Report on vaccination in Madras 1904-1921 - 1904-1921
Year: 1904
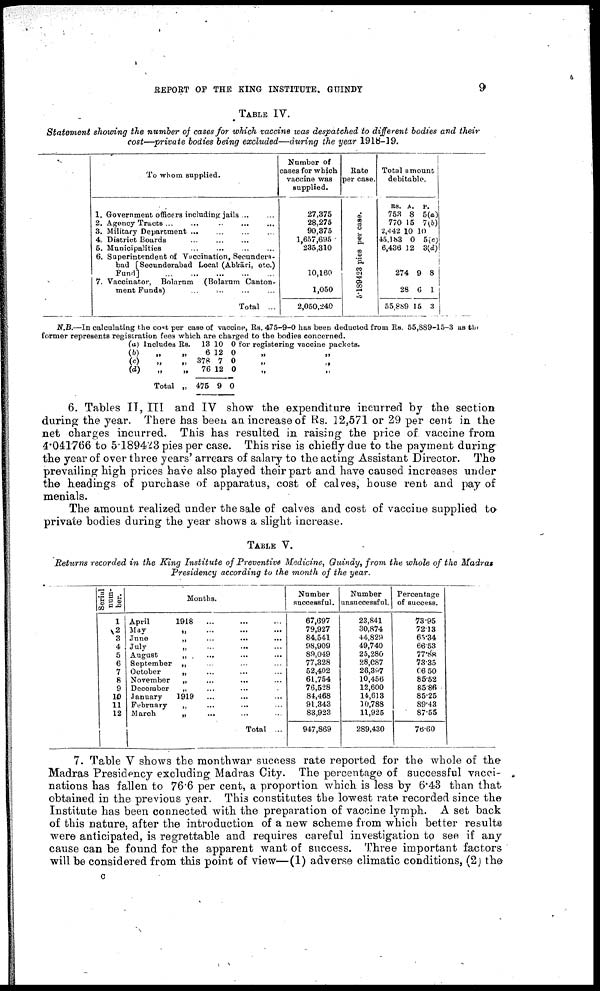
REPORT OF THE KING INSTITUTE, GUINDY
9
TABLE IV.
Statement showing the number of cases for which vaccine was despatched to different bodies and their
cost—-private bodies being excluded—during the year 1918-19.
To whom supplied.
1. Government officers including jails ... ...
2. Agency Tracts
...
...
...
...
...
3. Military Department ... ... ... ...
4. District Boards
...
...
...
...
6. Municipalities ... ... ... ...
6. Superintendent of Vaccination, Seconder a¬
bad [ Secunderabad Local (Abkāri, etc.)
Fund]
...
...
...
...
7. Vaccinator, Bolarnm (Bolarum Canton
ment Funds)
...
...
...
...
Total ...
Number of
cases for which
vaccine was
supplied.
27,375
28,275
90,375
1,657,695
235,310
10,160
1,050
2,050,240
Rate
per case.
5.189423 pies per case.
Total amount
debitable.
RS.
753
770
2,442
45,183
6,436
274
28
55,889
A.
8
15
10
0
12
9
6
15
P.
5(a)
7(b)
10
5(c)
3(d)
8
1
3
N.B.—In calculating the cost per case of vaccine, Rs. 475-9-0 has been deducted from Rs. 55,889-15-3 as the
former represents registration fees which are chargred to the bodies concerned.
(a) Includes Rs.
(b)
„ „
(c)
„
„
(d)
„ „
Total „
13
6
378
76
475
10
12
7
12
9
0 for
0
0
0
0
registering vaccine packets.
„
„
„ „
„
„
6. Tables IT, III and IV show the expenditure incurred by the section
during the year. There has been an increase of Rs. 12,571 or 29 per cent in the
net charges incurred. This has resulted in raising the price of vaccine from
4.041766 to 5.189423 pies per case. This rise is chiefly due to the payment during
the year of over three years' arrears of salary to the acting Assistant Director. The
prevailing high prices have also played their part and have caused increases under
the headings of purchase of apparatus, cost of calves, house rent and pay of
menials.
The amount realized under the sale of calves and cost of vaccine supplied to
private bodies during the year shows a slight increase.
TABLE V.
Returns recorded in the King Institute of Preventive Medicine, Guindy, from the whole of the Madras
Presidency according to the month of the year.
Serial
num
ber.
1
2
3
4
5
6
7
8
9
10
11
12
Months.
April
1918 ... ... ...
May
„ ... ... ...
June
„ ... ... ...
July
„ ... ... ...
August
„ ... ... ...
September „ ... ... ...
October
„ ... ... ...
November
„ ... ... ...
December
„ ... ... ...
January
1919 ... ... ...
February
„
...
...
March
„ ... ... ...
Total ...
Number
successful.
67,697
79,927
84,541
98,909
89,049
77,328
52,402
61,754
76,528
84,468
91,343
83,923
947,869
Number
unsuccessful.
23,841
30,874
44,829
49,740
25,280
28,087
26,397
10,456
12,600
14,613
10,788
11,925
289,430
Percentage
of success.
73.95
72.13
65.34
68.53
77.88
73.35
66.50
85.52
85.86
85.25
89.43
87.55
76.60
7. Table V shows the monthwar success rate reported for the whole of the
Madras Presidency excluding Madras City. The percentage of successful vacci
nations has fallen to 76.6 per cent, a proportion which is less by 6.43 than that
obtained in the previous year. This constitutes the lowest rate recorded since the
Institute has been connected with the preparation of vaccine lymph. A set back
of this nature, after the introduction of a new scheme from which better results
were anticipated, is regrettable and requires careful investigation to see if any
cause can be found for the apparent want of success. Three important factors
will be considered from this point of view—(1) adverse climatic conditions, (2) the
c